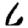
Digit: 6